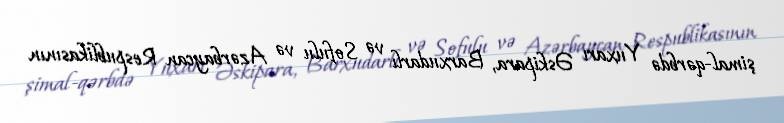
şimal-qərbdə Yuxarı Əskipara, Barxudarlı və Sofulu və Azərbaycan Respublikasının